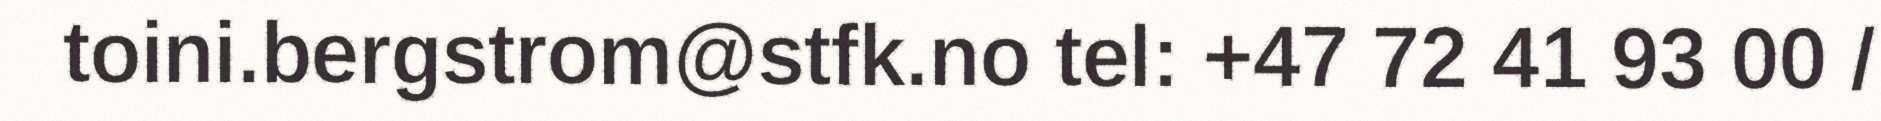
toini.bergstrom@stfk.no tel: +47 72 41 93 00 /